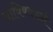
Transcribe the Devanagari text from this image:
याविषयकही